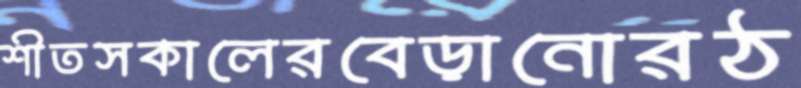
শীতসকালেরবেড়ানোরঠ